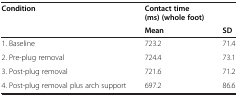
<table><thead><tr><td><b>Condition</b></td><td><b>Contact time</b></td><td><b> </b></td></tr><tr><td><b> </b></td><td><b>(ms) (whole foot)</b></td><td><b> </b></td></tr><tr><td><b> </b></td><td><b>Mean</b></td><td><b>SD</b></td></tr></thead><tbody><tr><td>1. Baseline</td><td>723.2</td><td>71.4</td></tr><tr><td>2. Pre-plug removal</td><td>724.4</td><td>73.1</td></tr><tr><td>3. Post-plug removal</td><td>721.6</td><td>71.2</td></tr><tr><td>4. Post-plug removal plus arch support</td><td>697.2</td><td>86.6</td></tr></tbody></table>